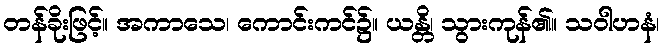
တန်ခိုးဖြင့်။ အကာသေ၊ ကောင်းကင်၌။ ယန္တိ၊ သွားကုန်၏။ သဝါဟနံ၊